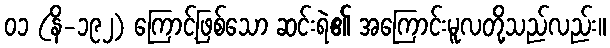
၀၁ (နိ-၁၉၂) ကြောင့်ဖြစ်သော ဆင်းရဲ၏ အကြောင်းမူလတို့သည်လည်း။